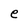
Character: e